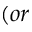
( o r